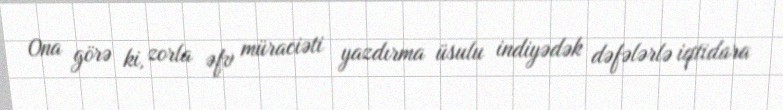
Ona görə ki, zorla əfv müraciəti yazdırma üsulu indiyədək dəfələrlə iqtidara